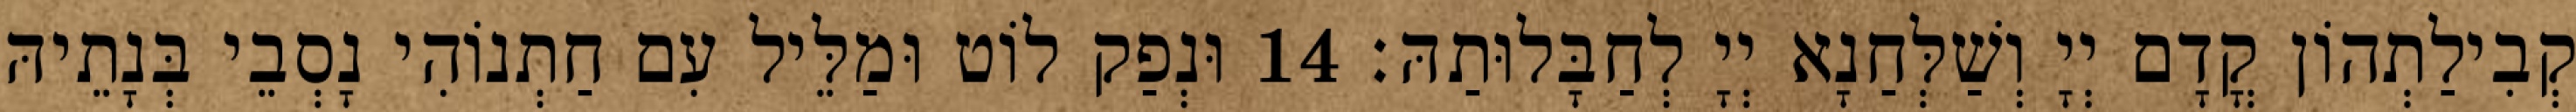
קְבִילַתְהוֹן קֳדָם יְיָ וְשַׁלְּחַנָא יְיָ לְחַבָּלוּתַהּ׃ 14 וּנְפַק לוֹט וּמַלֵּיל עִם חַתְנוֹהִי נָסְבֵי בְּנָתֵיהּ